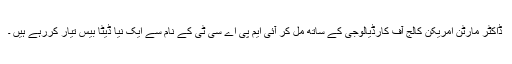
ڈاکٹر مارٹن امریکن کالج آف کارڈیالوجی کے ساتھ مل کر آئی ایم پی اے سی ٹی کے نام سے ایک نیا ڈیٹا بیس تیار کررہے ہیں ۔